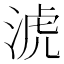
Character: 淲